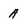
Character: a